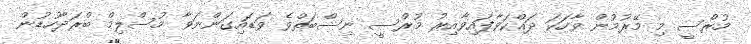
މުރްސީ މި މޭރުމުން ވާހަކަ ދައްކަވާފައިވާއިރު މުރްސީ ނިސްބަތްވެ ވަޑައިގަންނަވާ މުސްލިމް ބްރަދާހުޑުން